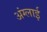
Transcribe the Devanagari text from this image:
अंग्लाई